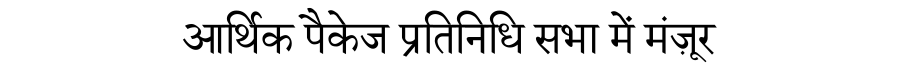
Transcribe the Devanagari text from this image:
आर्थिक पैकेज प्रतिनिधि सभा में मंज़ूर